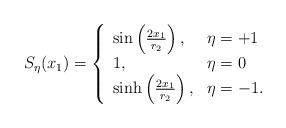
LaTeX: \begin{align*}S_\eta(x_1) =\left\{ \begin{array}{ll}\sin\left( {2 x_1\over r_2}\right),& \eta = +1\\ 1, & \eta =0\\\sinh\left( {2 x_1\over r_2}\right),&\eta = -1.\end{array} \right.\end{align*}